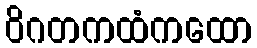
ဝိဂတကထံကထော